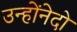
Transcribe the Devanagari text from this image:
उन्होंनेदो